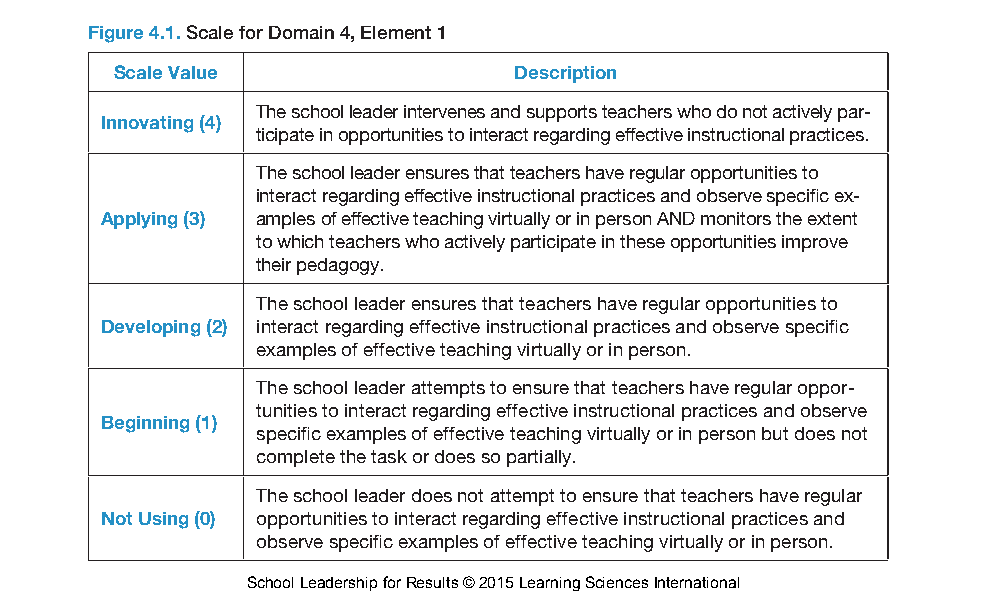
98               School Leadership for Results
 Observation and Discussion of Effective Teaching
 (Domain  4, Element 1)
 The school leader ensures that teachers have opportunities to observe and
 discuss effective teaching.
 Figures 4.1 and 4.2 illustrate the scales and evidences for Domain 4, Element 1.
 Figure 4.1. Scale for Domain 4, Element 1
 Scale Value                Description
 The school leader intervenes and supports teachers who do not actively par-
 Innovating (4)
 ticipate in opportunities to interact regarding effective instructional practices.
 The school leader ensures that teachers have regular opportunities to
 interact regarding effective instructional practices and observe specific ex-
 Applying (3) amples of effective teaching virtually or in person AND monitors the extent
 to which teachers who actively participate in these opportunities improve
 their pedagogy.
 The school leader ensures that teachers have regular opportunities to
 Developing (2) interact regarding effective instructional practices and observe specific
 examples of effective teaching virtually or in person.
 The school leader attempts to ensure that teachers have regular oppor-
 tunities to interact regarding effective instructional practices and observe
 Beginning (1)
 specific examples of effective teaching virtually or in person but does not
 complete the task or does so partially.
 The school leader does not attempt to ensure that teachers have regular
 Not Using (0) opportunities to interact regarding effective instructional practices and
 observe specific examples of effective teaching virtually or in person.
 School Leadership for Results © 2015 Learning Sciences International
 Figure 4.2. Sample evidences for Domain 4, Element 1
 Sample Evidences for Domain 4, Element 1
 • Teachers have opportunities to engage in instructional rounds.
 • Teachers have opportunities to view and discuss video-based examples of exemplary
 teaching.
 • Teachers have regular times to meet and discuss effective instructional practices (e.g., les-
 son study, professional learning communities).
 • Teachers have opportunities to interact about effective teaching via technology.
 • Instructional practices are regularly discussed at faculty and department meetings.
 • Video segments of instructional practices are regularly viewed and discussed at faculty
 and department meetings.
 • Procedures are in place for scheduling teachers to observe and discuss effective instruc-
 tional practices.
 (Continued)
 Go to www.learningsciences.com/bookresources to download figures and tables.
 Carbaugh_04_91-120.indd 98                                   2/25/15 4:11 PM